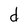
Character: d